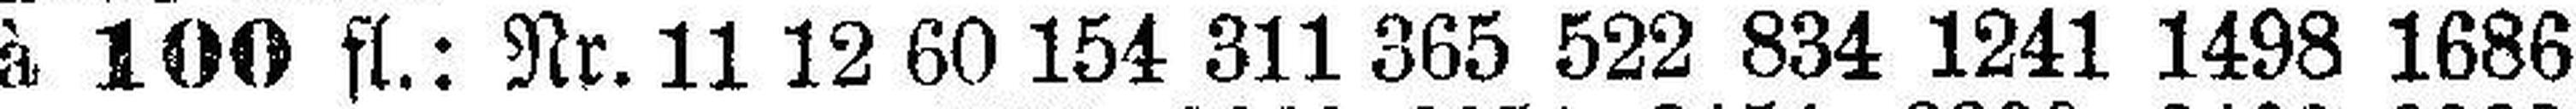
à 100 fl.: Nr. 11 12 60 154 311 365 522 834 1241 1498 1686